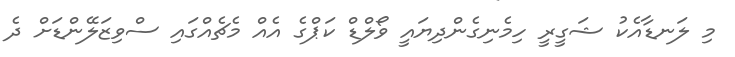
މި ލަނޑާއެކު ޝަގީރީ ހިމެނިގެންދިޔައީ ވޯލްޑް ކަޕްގެ އެއް މެޗެއްގައި ސްވިޒަލޭންޑަށް ދެ